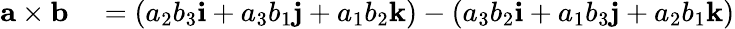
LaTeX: \begin{array}{rl}{\mathbf{a\times b}}&{{}=(a_{2}b_{3}\mathbf{i}+a_{3}b_{1}\mathbf{j}+a_{1}b_{2}\mathbf{k})-(a_{3}b_{2}\mathbf{i}+a_{1}b_{3}\mathbf{j}+a_{2}b_{1}\mathbf{k})}\end{array}